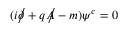
( i { \partial \! \! \! { \big / } } + q { A \! \! \! { \big / } } - m ) \psi ^ { c } = 0